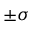
\pm \sigma